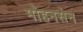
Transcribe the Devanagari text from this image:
मोहनसेन